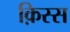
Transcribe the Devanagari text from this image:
क़िस्स